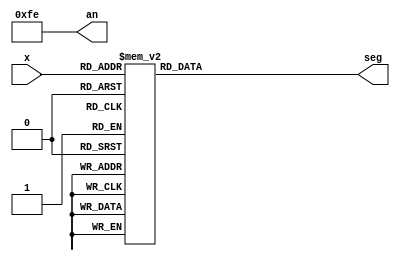
module lab_2_1_1(x,an,seg);
    input wire[3:0] x;
    output wire[7:0] an;
    output reg[6:0] seg;
    
    assign an = 8'b11111110;
    always @ *
        begin
            case(x)
                4'b0000: seg[6:0] = 7'b0000001;
                4'b0001: seg[6:0] = 7'b1001111;
                4'b0010: seg[6:0] = 7'b0010010;
                4'b0011: seg[6:0] = 7'b0000110;
                4'b0100: seg[6:0] = 7'b1001100;
                4'b0101: seg[6:0] = 7'b0100100;
                4'b0110: seg[6:0] = 7'b0100000;
                4'b0111: seg[6:0] = 7'b0001111;
                4'b1000: seg[6:0] = 7'b0000000;
                4'b1001: seg[6:0] = 7'b0000100;
                default:   seg[6:0] = 7'bxxxxxxxx;
            endcase
        end
    
    
endmodule